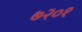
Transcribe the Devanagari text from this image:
७२०१